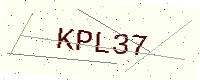
Text: KPL37